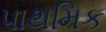
પાથમિક